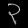
Digit: ၃